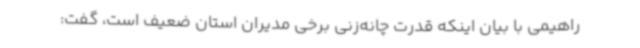
راهیمی با بیان اینکه قدرت چانه‌زنی برخی مدیران استان ضعیف است، گفت: